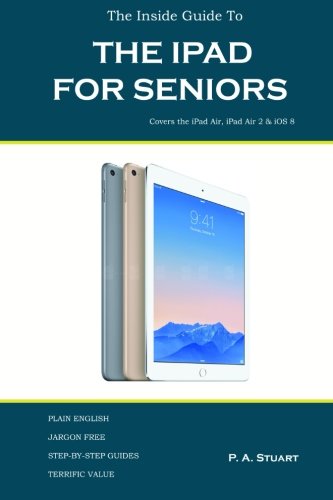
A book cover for The Inside Guide to the iPad for Seniors: Covers the iPad Air, iPad Air 2, iPad Mini 2, iPad Mini 3, iOS 8; P A Stuart; Computers & Technology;